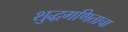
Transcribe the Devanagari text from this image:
शुद्धगणिताचा